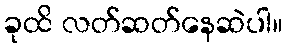
ခုထိ လတ်ဆတ်နေဆဲပါ။